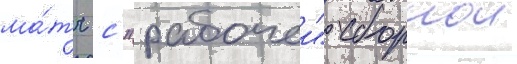
ма́тч с "рабочеи" сборнои